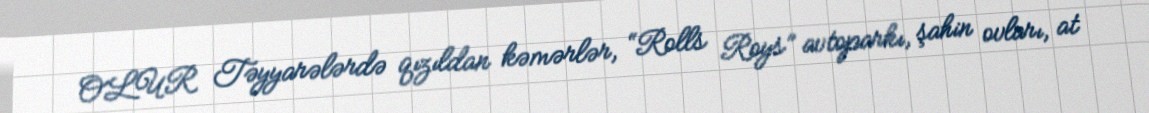
OLUR Təyyarələrdə qızıldan kəmərlər, “Rolls Roys” avtoparkı, şahin ovları, at